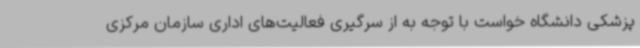
پزشکی دانشگاه خواست با توجه به از سرگیری فعالیت‌های اداری سازمان مرکزی